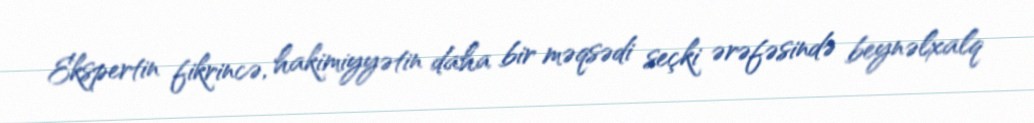
Ekspertin fikrincə, hakimiyyətin daha bir məqsədi seçki ərəfəsində beynəlxalq